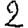
Digit: 2